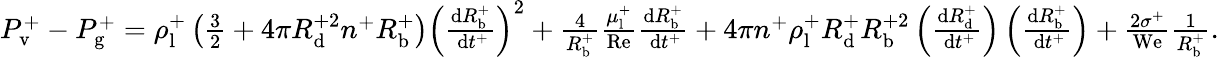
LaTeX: \begin{array}{r}{P_{\mathrm{v}}^{+}-P_{\mathrm{g}}^{+}=\rho_{\mathrm{l}}^{+}\left(\frac{3}{2}+4\pi R_{\mathrm{d}}^{+2}n^{+}R_{\mathrm{b}}^{+}\right)\left(\frac{\mathrm{d}R_{\mathrm{b}}^{+}}{\mathrm{~d}t^{+}}\right)^{2}+\frac{4}{R_{\mathrm{b}}^{+}}\frac{\mu_{\mathrm{l}}^{+}}{\mathrm{Re}}\frac{\mathrm{d}R_{\mathrm{b}}^{+}}{\mathrm{~d}t^{+}}+4\pi n^{+}\rho_{\mathrm{l}}^{+}R_{\mathrm{d}}^{+}R_{\mathrm{b}}^{+2}\left(\frac{\mathrm{d}R_{\mathrm{d}}^{+}}{\mathrm{~d}t^{+}}\right)\left(\frac{\mathrm{d}R_{\mathrm{b}}^{+}}{\mathrm{~d}t^{+}}\right)+\frac{2\sigma^{+}}{\mathrm{We}}\frac{1}{R_{\mathrm{b}}^{+}}.}\end{array}